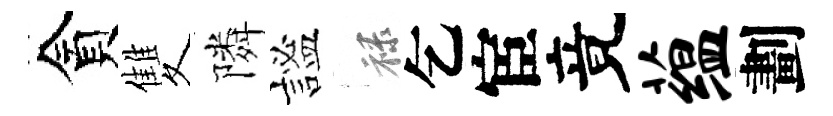
貪雙隣謐禄乞宦竟蕴劃